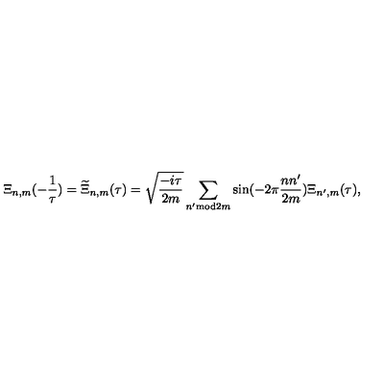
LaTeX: \Xi _ { n , m } ( - \frac { 1 } { \tau } ) = \widetilde { \Xi } _ { n , m } ( \tau ) = \sqrt { \frac { - i \tau } { 2 m } } \sum _ { n ^ { \prime } \mathrm { m o d } 2 m } \sin ( - 2 \pi \frac { n n ^ { \prime } } { 2 m } ) \Xi _ { n ^ { \prime } , m } ( \tau ) ,